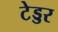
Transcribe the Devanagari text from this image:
टेड्डर